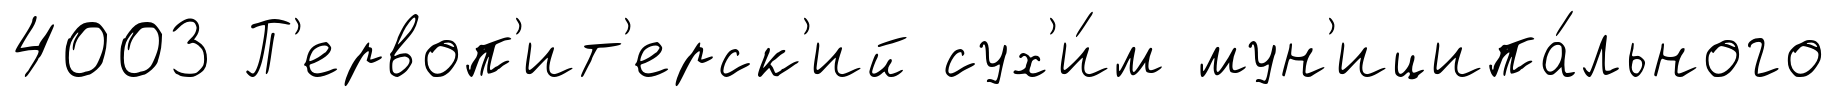
4003 П'ервоп'ит'ерск'ий сух'и́м мун'иципа́льного